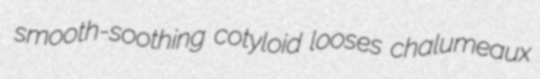
smooth-soothing cotyloid looses chalumeaux